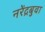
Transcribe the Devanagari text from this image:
नरेंद्रबुवा